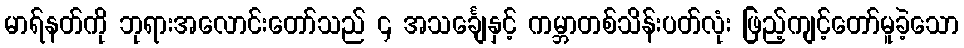
မာရ်နတ်ကို ဘုရားအလောင်းတော်သည် ၄ အသင်္ချေနှင့် ကမ္ဘာတစ်သိန်းပတ်လုံး ဖြည့်ကျင့်တော်မူခဲ့သော